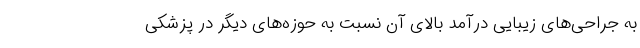
به جراحی‌های زیبایی درآمد بالای آن نسبت به حوزه‌های دیگر در پزشکی